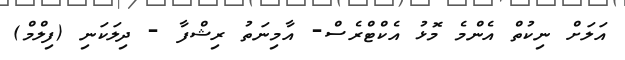
އަލަށް ނިކުތް އެންމެ މޮޅު އެކްޓްރެސް- އާމިނަތު ރިޝްފާ - ދިލަކަނި (ފިލްމް)